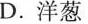
D.洋葱